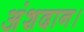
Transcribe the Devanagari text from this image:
अंशदान।